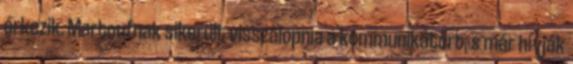
érkezik. Martoufnak sikerült visszalopnia a kommunikátort, s már hívják